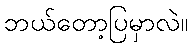
ဘယ်တော့ပြမှာလဲ။